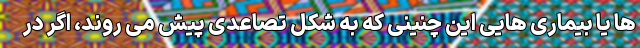
ها یا بیماری هایی این چنینی که به شکل تصاعدی پیش می روند، اگر در